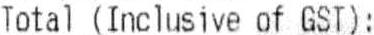
TOTAL (INCLUSIVE OF GST):